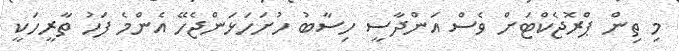
މި ތިން ޕްރޮޖެކްޓަށް ވެސް އަންދާސީ ހިސާބު ހުށަހަޅަންޖެހޭ އެންމެ ފަހު ތާރީހަކީ